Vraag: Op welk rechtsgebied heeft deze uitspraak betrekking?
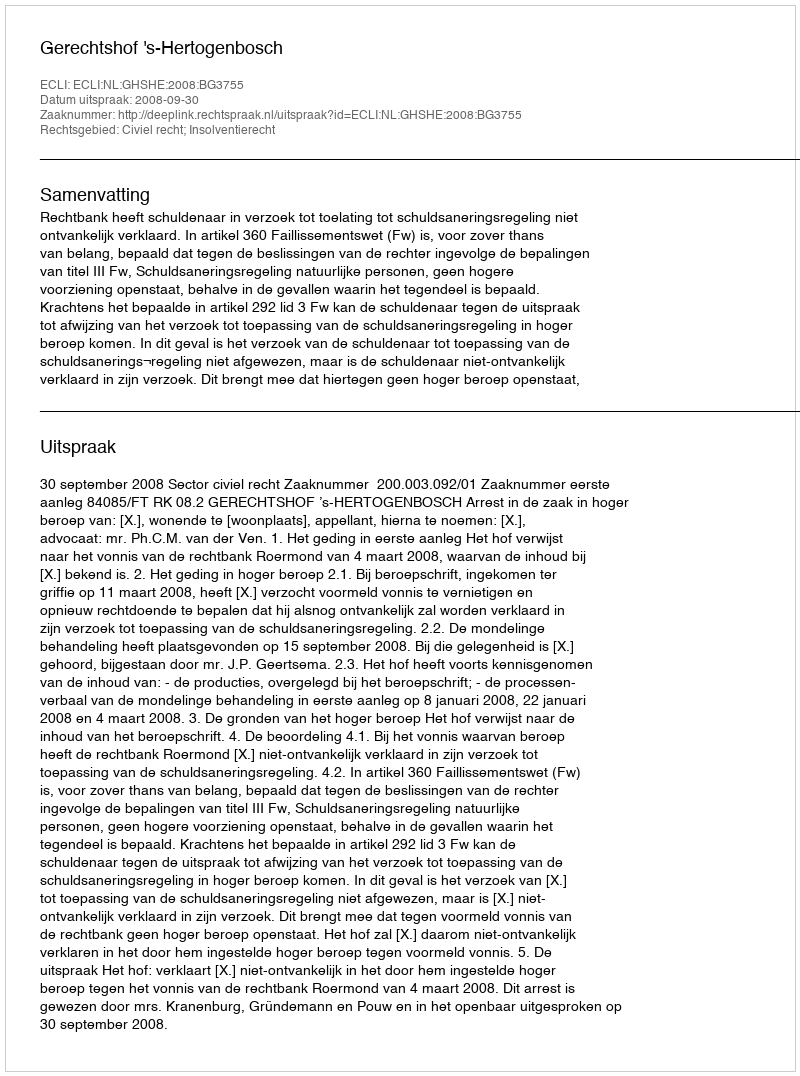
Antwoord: Civiel recht; Insolventierecht